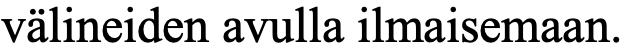
välineiden avulla ilmaisemaan.